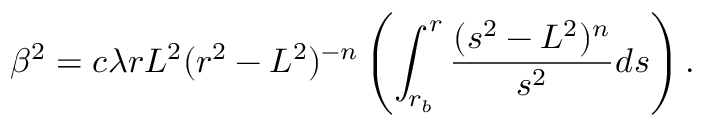
\beta ^ { 2 } = c \lambda r L ^ { 2 } ( r ^ { 2 } - L ^ { 2 } ) ^ { - n } \left( \int _ { r _ { b } } ^ { r } \frac { ( s ^ { 2 } - L ^ { 2 } ) ^ { n } } { s ^ { 2 } } d s \right) .